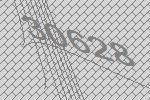
30628